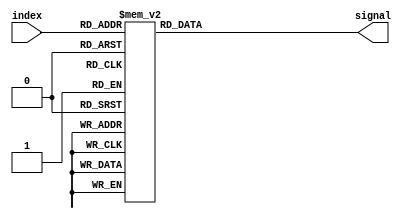
module sine_table(
  input [7:0] index,
  output [15:0] signal
);
parameter PERIOD = 256; // length of table

assign signal = sine;
reg [15:0] sine;
        
always@(index)
begin
case(index)
	8'h00: sine = 16'h0000 ;
	8'h01: sine = 16'h0192 ;
	8'h02: sine = 16'h0323 ;
	8'h03: sine = 16'h04b5 ;
	8'h04: sine = 16'h0645 ;
	8'h05: sine = 16'h07d5 ;
	8'h06: sine = 16'h0963 ;
	8'h07: sine = 16'h0af0 ;
	8'h08: sine = 16'h0c7c ;
	8'h09: sine = 16'h0e05 ;
	8'h0a: sine = 16'h0f8c ;
	8'h0b: sine = 16'h1111 ;
	8'h0c: sine = 16'h1293 ;
	8'h0d: sine = 16'h1413 ;
	8'h0e: sine = 16'h158f ;
	8'h0f: sine = 16'h1708 ;
	8'h10: sine = 16'h187d ;
	8'h11: sine = 16'h19ef ;
	8'h12: sine = 16'h1b5c ;
	8'h13: sine = 16'h1cc5 ;
	8'h14: sine = 16'h1e2a ;
	8'h15: sine = 16'h1f8b ;
	8'h16: sine = 16'h20e6 ;
	8'h17: sine = 16'h223c ;
	8'h18: sine = 16'h238d ;
	8'h19: sine = 16'h24d9 ;
	8'h1a: sine = 16'h261f ;
	8'h1b: sine = 16'h275f ;
	8'h1c: sine = 16'h2899 ;
	8'h1d: sine = 16'h29cc ;
	8'h1e: sine = 16'h2afa ;
	8'h1f: sine = 16'h2c20 ;
	8'h20: sine = 16'h2d40 ;
	8'h21: sine = 16'h2e59 ;
	8'h22: sine = 16'h2f6b ;
	8'h23: sine = 16'h3075 ;
	8'h24: sine = 16'h3178 ;
	8'h25: sine = 16'h3273 ;
	8'h26: sine = 16'h3366 ;
	8'h27: sine = 16'h3452 ;
	8'h28: sine = 16'h3535 ;
	8'h29: sine = 16'h3611 ;
	8'h2a: sine = 16'h36e4 ;
	8'h2b: sine = 16'h37ae ;
	8'h2c: sine = 16'h3870 ;
	8'h2d: sine = 16'h3929 ;
	8'h2e: sine = 16'h39da ;
	8'h2f: sine = 16'h3a81 ;
	8'h30: sine = 16'h3b1f ;
	8'h31: sine = 16'h3bb5 ;
	8'h32: sine = 16'h3c41 ;
	8'h33: sine = 16'h3cc4 ;
	8'h34: sine = 16'h3d3d ;
	8'h35: sine = 16'h3dad ;
	8'h36: sine = 16'h3e14 ;
	8'h37: sine = 16'h3e70 ;
	8'h38: sine = 16'h3ec4 ;
	8'h39: sine = 16'h3f0d ;
	8'h3a: sine = 16'h3f4d ;
	8'h3b: sine = 16'h3f83 ;
	8'h3c: sine = 16'h3fb0 ;
	8'h3d: sine = 16'h3fd2 ;
	8'h3e: sine = 16'h3feb ;
	8'h3f: sine = 16'h3ffa ;
	8'h40: sine = 16'h3fff ;
	8'h41: sine = 16'h3ffa ;
	8'h42: sine = 16'h3feb ;
	8'h43: sine = 16'h3fd2 ;
	8'h44: sine = 16'h3fb0 ;
	8'h45: sine = 16'h3f83 ;
	8'h46: sine = 16'h3f4d ;
	8'h47: sine = 16'h3f0d ;
	8'h48: sine = 16'h3ec4 ;
	8'h49: sine = 16'h3e70 ;
	8'h4a: sine = 16'h3e14 ;
	8'h4b: sine = 16'h3dad ;
	8'h4c: sine = 16'h3d3d ;
	8'h4d: sine = 16'h3cc4 ;
	8'h4e: sine = 16'h3c41 ;
	8'h4f: sine = 16'h3bb5 ;
	8'h50: sine = 16'h3b1f ;
	8'h51: sine = 16'h3a81 ;
	8'h52: sine = 16'h39da ;
	8'h53: sine = 16'h3929 ;
	8'h54: sine = 16'h3870 ;
	8'h55: sine = 16'h37ae ;
	8'h56: sine = 16'h36e4 ;
	8'h57: sine = 16'h3611 ;
	8'h58: sine = 16'h3535 ;
	8'h59: sine = 16'h3452 ;
	8'h5a: sine = 16'h3366 ;
	8'h5b: sine = 16'h3273 ;
	8'h5c: sine = 16'h3178 ;
	8'h5d: sine = 16'h3075 ;
	8'h5e: sine = 16'h2f6b ;
	8'h5f: sine = 16'h2e59 ;
	8'h60: sine = 16'h2d40 ;
	8'h61: sine = 16'h2c20 ;
	8'h62: sine = 16'h2afa ;
	8'h63: sine = 16'h29cc ;
	8'h64: sine = 16'h2899 ;
	8'h65: sine = 16'h275f ;
	8'h66: sine = 16'h261f ;
	8'h67: sine = 16'h24d9 ;
	8'h68: sine = 16'h238d ;
	8'h69: sine = 16'h223c ;
	8'h6a: sine = 16'h20e6 ;
	8'h6b: sine = 16'h1f8b ;
	8'h6c: sine = 16'h1e2a ;
	8'h6d: sine = 16'h1cc5 ;
	8'h6e: sine = 16'h1b5c ;
	8'h6f: sine = 16'h19ef ;
	8'h70: sine = 16'h187d ;
	8'h71: sine = 16'h1708 ;
	8'h72: sine = 16'h158f ;
	8'h73: sine = 16'h1413 ;
	8'h74: sine = 16'h1293 ;
	8'h75: sine = 16'h1111 ;
	8'h76: sine = 16'h0f8c ;
	8'h77: sine = 16'h0e05 ;
	8'h78: sine = 16'h0c7c ;
	8'h79: sine = 16'h0af0 ;
	8'h7a: sine = 16'h0963 ;
	8'h7b: sine = 16'h07d5 ;
	8'h7c: sine = 16'h0645 ;
	8'h7d: sine = 16'h04b5 ;
	8'h7e: sine = 16'h0323 ;
	8'h7f: sine = 16'h0192 ;
	8'h80: sine = 16'h0000 ;
	8'h81: sine = 16'hfe6e ;
	8'h82: sine = 16'hfcdd ;
	8'h83: sine = 16'hfb4b ;
	8'h84: sine = 16'hf9bb ;
	8'h85: sine = 16'hf82b ;
	8'h86: sine = 16'hf69d ;
	8'h87: sine = 16'hf510 ;
	8'h88: sine = 16'hf384 ;
	8'h89: sine = 16'hf1fb ;
	8'h8a: sine = 16'hf074 ;
	8'h8b: sine = 16'heeef ;
	8'h8c: sine = 16'hed6d ;
	8'h8d: sine = 16'hebed ;
	8'h8e: sine = 16'hea71 ;
	8'h8f: sine = 16'he8f8 ;
	8'h90: sine = 16'he783 ;
	8'h91: sine = 16'he611 ;
	8'h92: sine = 16'he4a4 ;
	8'h93: sine = 16'he33b ;
	8'h94: sine = 16'he1d6 ;
	8'h95: sine = 16'he075 ;
	8'h96: sine = 16'hdf1a ;
	8'h97: sine = 16'hddc4 ;
	8'h98: sine = 16'hdc73 ;
	8'h99: sine = 16'hdb27 ;
	8'h9a: sine = 16'hd9e1 ;
	8'h9b: sine = 16'hd8a1 ;
	8'h9c: sine = 16'hd767 ;
	8'h9d: sine = 16'hd634 ;
	8'h9e: sine = 16'hd506 ;
	8'h9f: sine = 16'hd3e0 ;
	8'ha0: sine = 16'hd2c0 ;
	8'ha1: sine = 16'hd1a7 ;
	8'ha2: sine = 16'hd095 ;
	8'ha3: sine = 16'hcf8b ;
	8'ha4: sine = 16'hce88 ;
	8'ha5: sine = 16'hcd8d ;
	8'ha6: sine = 16'hcc9a ;
	8'ha7: sine = 16'hcbae ;
	8'ha8: sine = 16'hcacb ;
	8'ha9: sine = 16'hc9ef ;
	8'haa: sine = 16'hc91c ;
	8'hab: sine = 16'hc852 ;
	8'hac: sine = 16'hc790 ;
	8'had: sine = 16'hc6d7 ;
	8'hae: sine = 16'hc626 ;
	8'haf: sine = 16'hc57f ;
	8'hb0: sine = 16'hc4e1 ;
	8'hb1: sine = 16'hc44b ;
	8'hb2: sine = 16'hc3bf ;
	8'hb3: sine = 16'hc33c ;
	8'hb4: sine = 16'hc2c3 ;
	8'hb5: sine = 16'hc253 ;
	8'hb6: sine = 16'hc1ec ;
	8'hb7: sine = 16'hc190 ;
	8'hb8: sine = 16'hc13c ;
	8'hb9: sine = 16'hc0f3 ;
	8'hba: sine = 16'hc0b3 ;
	8'hbb: sine = 16'hc07d ;
	8'hbc: sine = 16'hc050 ;
	8'hbd: sine = 16'hc02e ;
	8'hbe: sine = 16'hc015 ;
	8'hbf: sine = 16'hc006 ;
	8'hc0: sine = 16'hc001 ;
	8'hc1: sine = 16'hc006 ;
	8'hc2: sine = 16'hc015 ;
	8'hc3: sine = 16'hc02e ;
	8'hc4: sine = 16'hc050 ;
	8'hc5: sine = 16'hc07d ;
	8'hc6: sine = 16'hc0b3 ;
	8'hc7: sine = 16'hc0f3 ;
	8'hc8: sine = 16'hc13c ;
	8'hc9: sine = 16'hc190 ;
	8'hca: sine = 16'hc1ec ;
	8'hcb: sine = 16'hc253 ;
	8'hcc: sine = 16'hc2c3 ;
	8'hcd: sine = 16'hc33c ;
	8'hce: sine = 16'hc3bf ;
	8'hcf: sine = 16'hc44b ;
	8'hd0: sine = 16'hc4e1 ;
	8'hd1: sine = 16'hc57f ;
	8'hd2: sine = 16'hc626 ;
	8'hd3: sine = 16'hc6d7 ;
	8'hd4: sine = 16'hc790 ;
	8'hd5: sine = 16'hc852 ;
	8'hd6: sine = 16'hc91c ;
	8'hd7: sine = 16'hc9ef ;
	8'hd8: sine = 16'hcacb ;
	8'hd9: sine = 16'hcbae ;
	8'hda: sine = 16'hcc9a ;
	8'hdb: sine = 16'hcd8d ;
	8'hdc: sine = 16'hce88 ;
	8'hdd: sine = 16'hcf8b ;
	8'hde: sine = 16'hd095 ;
	8'hdf: sine = 16'hd1a7 ;
	8'he0: sine = 16'hd2c0 ;
	8'he1: sine = 16'hd3e0 ;
	8'he2: sine = 16'hd506 ;
	8'he3: sine = 16'hd634 ;
	8'he4: sine = 16'hd767 ;
	8'he5: sine = 16'hd8a1 ;
	8'he6: sine = 16'hd9e1 ;
	8'he7: sine = 16'hdb27 ;
	8'he8: sine = 16'hdc73 ;
	8'he9: sine = 16'hddc4 ;
	8'hea: sine = 16'hdf1a ;
	8'heb: sine = 16'he075 ;
	8'hec: sine = 16'he1d6 ;
	8'hed: sine = 16'he33b ;
	8'hee: sine = 16'he4a4 ;
	8'hef: sine = 16'he611 ;
	8'hf0: sine = 16'he783 ;
	8'hf1: sine = 16'he8f8 ;
	8'hf2: sine = 16'hea71 ;
	8'hf3: sine = 16'hebed ;
	8'hf4: sine = 16'hed6d ;
	8'hf5: sine = 16'heeef ;
	8'hf6: sine = 16'hf074 ;
	8'hf7: sine = 16'hf1fb ;
	8'hf8: sine = 16'hf384 ;
	8'hf9: sine = 16'hf510 ;
	8'hfa: sine = 16'hf69d ;
	8'hfb: sine = 16'hf82b ;
	8'hfc: sine = 16'hf9bb ;
	8'hfd: sine = 16'hfb4b ;
	8'hfe: sine = 16'hfcdd ;
	8'hff: sine = 16'hfe6e ;
	default: sine = 16'h0000;
endcase
end
endmodule